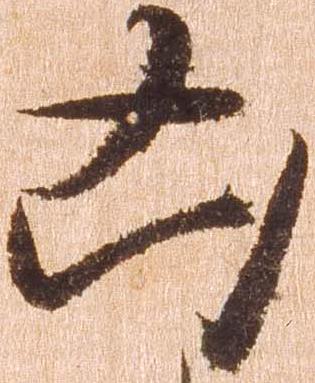
凶